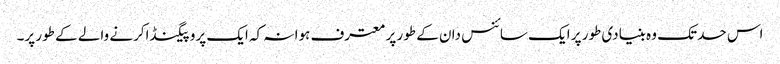
اس حد تک وہ بنیادی طور پر ایک سائنس دان کے طور پر معترف ہوا نہ کہ ایک پروپیگنڈاکرنے والے کے طور پر۔